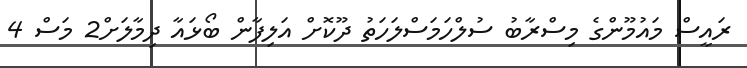
ރައީސް މައުމޫންގެ މިސްރާބު ސުލްހަމަސްލަހަތު ދޫކޮށް އަލިފާން ބޯޅައާ ދިމާލަށް2 މަސް 4